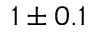
1 \pm 0 . 1